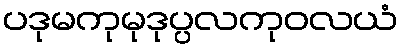
ပဒုမကုမုဒုပ္ပလကုဝလယံ